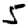
Digit: 5